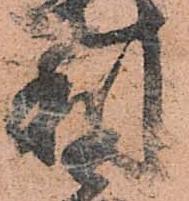
利